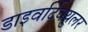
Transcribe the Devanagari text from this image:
डाइवर्टिक्युलर